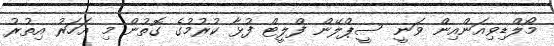
މޯލްޑިވިއަންއިން ވަނީ ސީޕްލޭން ފްލީޓް ފުޅާ ކުރުމުގެ ގޮތުން މި އަހަރު އިތުރު